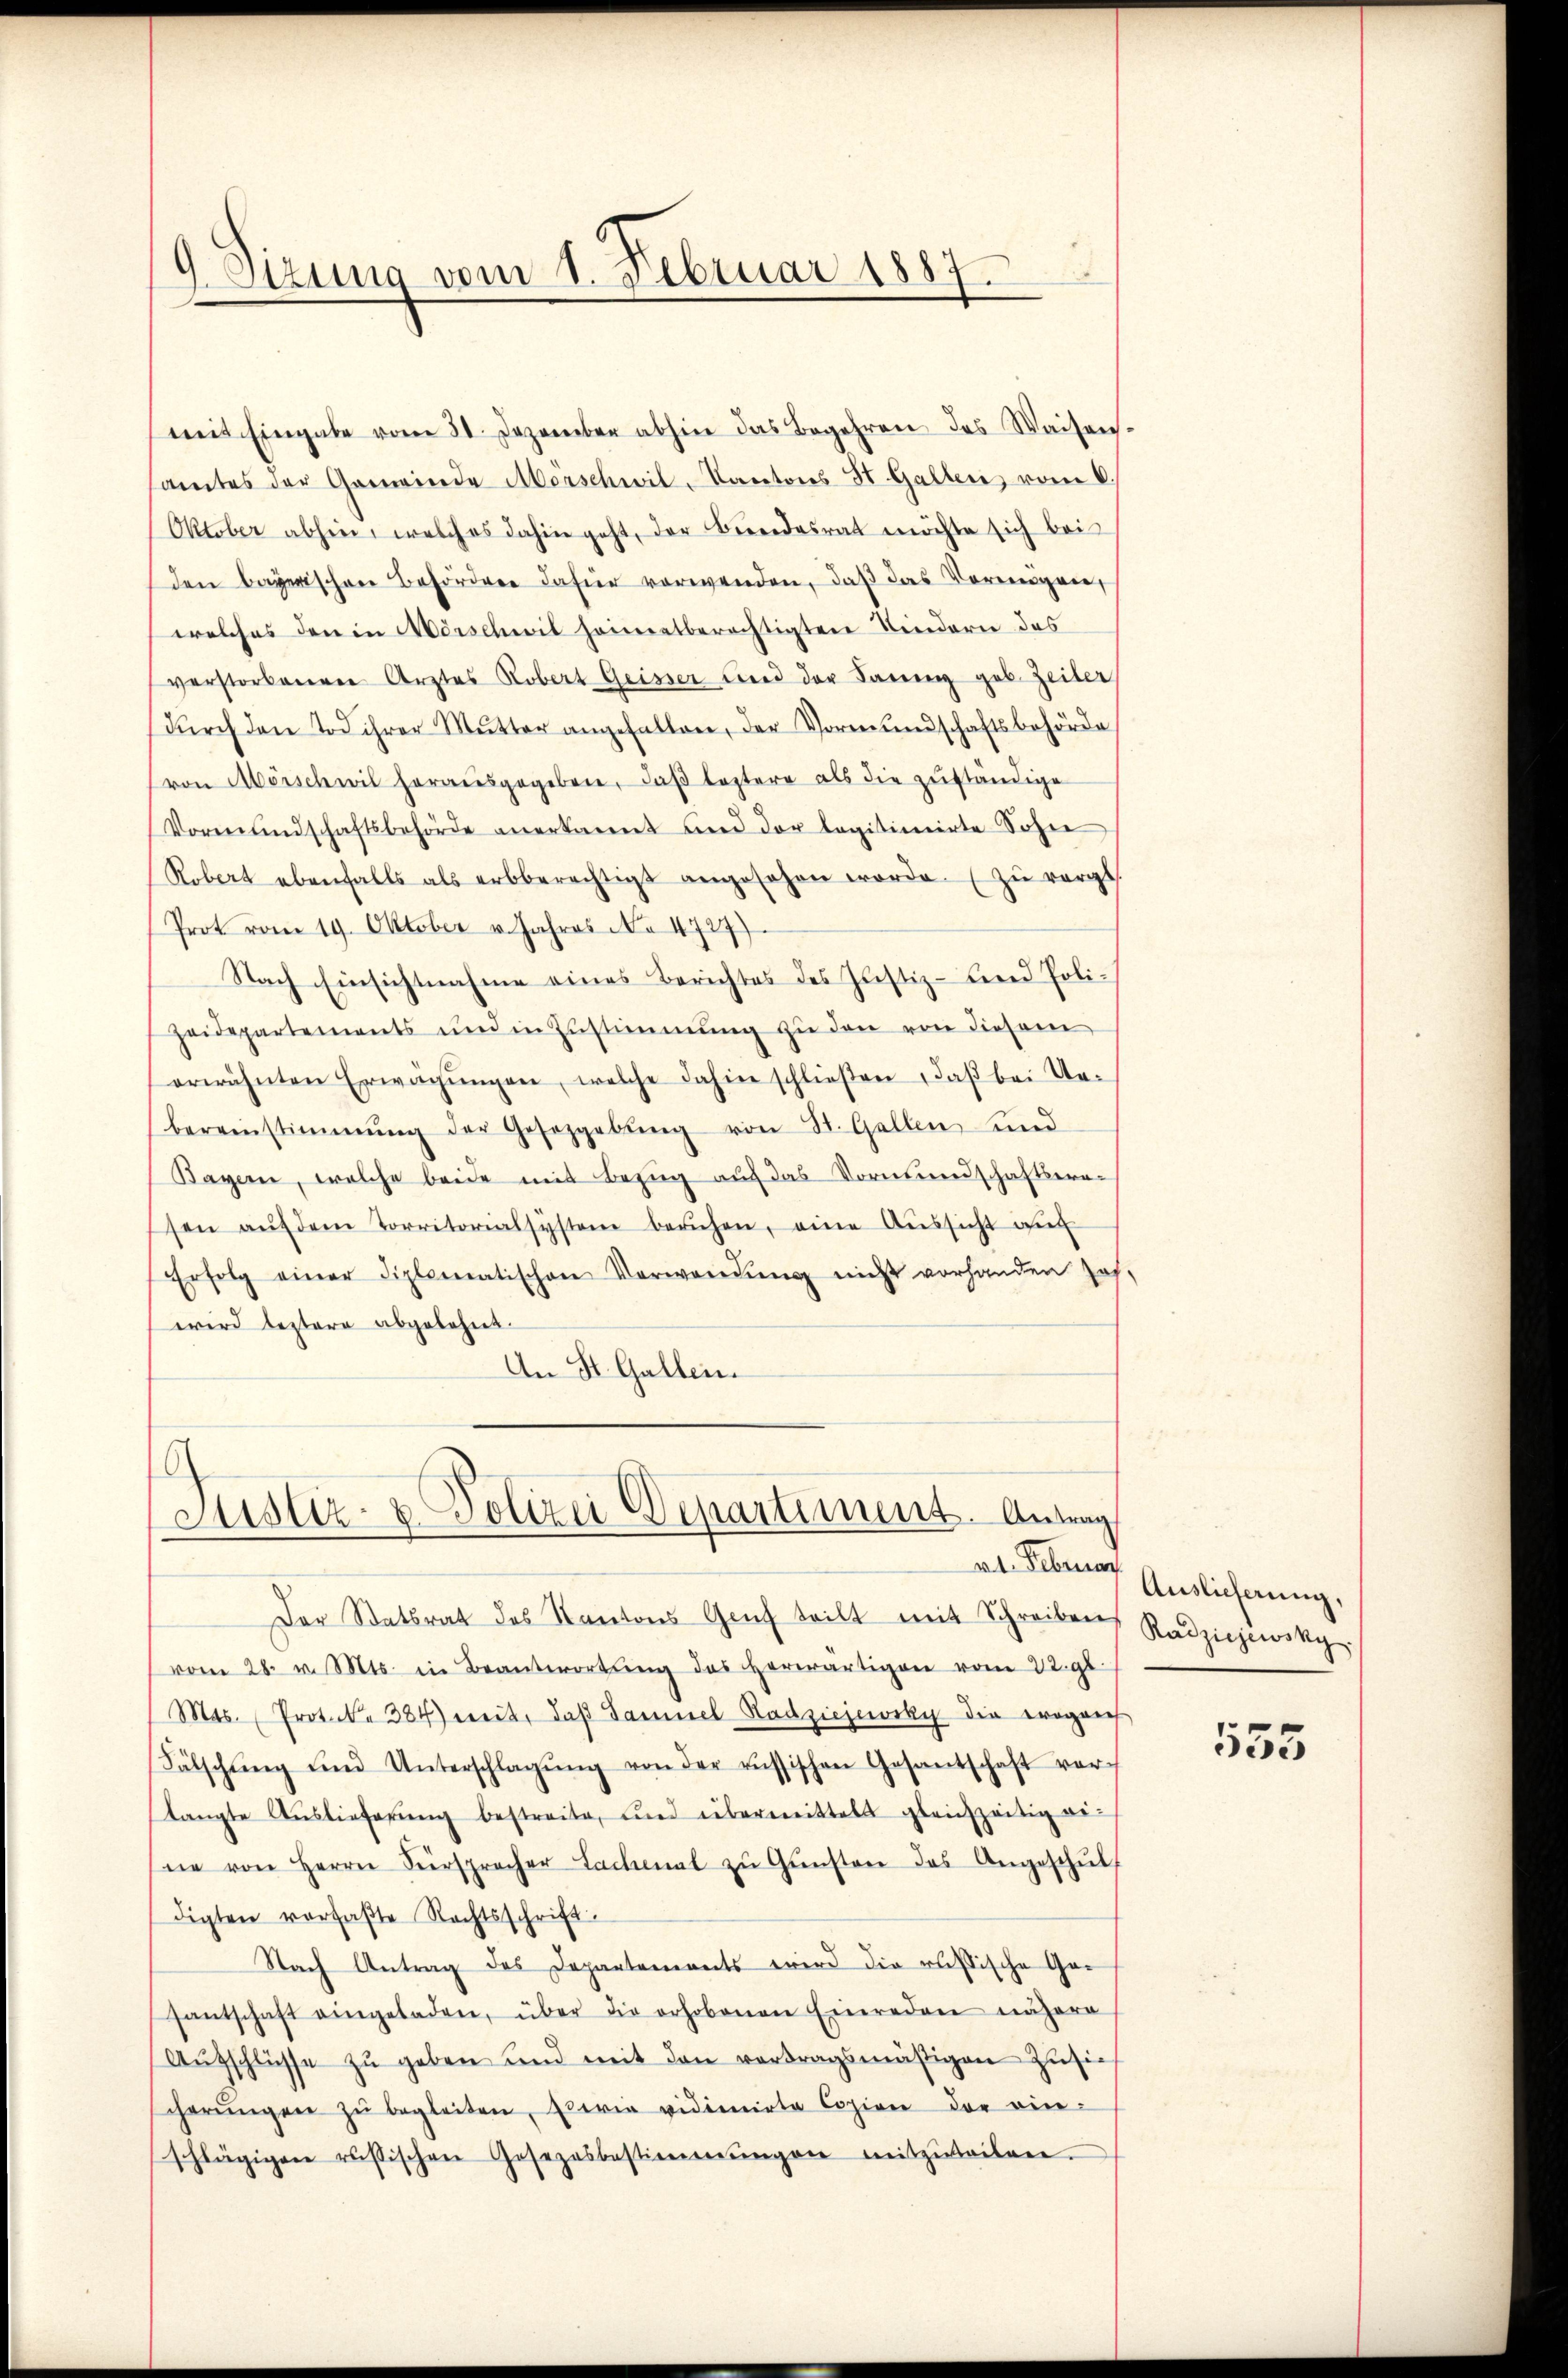
9 Sizung vom 1. Februar 1887.

mit Eingabe vom 31. Dezember abhin das Begehren des Waisen-
samtes der Gemeinde Morschwil-Kantons St. Gallens vom 6.
Oktober abhin, welches dahin geht, der Beendesrat möchte sich bei
den Bayerischen Behördere dafür verwenden, daβ das Vormigen,
welches den in Mörschwil heimatberechtigten Kindern das
verstorbeneren Arztes Robert Geisser und der Saneng geb. Zeiter,
dŭrch den Tod ihrer Mŭtter angefallen, der Vormŭndschaftsbehörde
von Mörschwil herausgegeben, daβ leztere als die zuständige
Vormundschaftsbehörde anerkannt und der legitimirte Sohne
Robert ebenfalls als erbberechtigt angesehen worde. zŭ vergl.
Prot vom 19. Oktober v. Jahres No 4727)
Nach Einsichtnahme eines Berichtes des Justiz-Bered Poli¬
Heidepartements und in Zustimmung zŭ den von diesem
erwähnten Erwägŭngen, welche dahin schlieβen , daβ bei Ue-
bereinstimmung der Gesetzgebŭng von St. Gallen und
Bayern, welche beide mit Bezŭg aŭf das Vormundschaftsera-
sen aŭf dem Torritorialsysteme beruhen, eine Aŭssicht auf
Erfolg einer diplomatischen Verwendŭng nicht vorhanden Joh.
wird leztere abgelehnt.
An St. Gallen.

6
Justiz- & Polizei Departement. Antrag
vt. Februar

Der Statsrat des Kantons Genf teilt mit Schreiben Radziewsky
vom 28. v. Mts. in Beantwortŭng des herwärtigen vom 22. gl.
Mos. Prot. . 384) weit, daβ Samuel Radziejuvsky die eroganis
Fälschŭng und Unterschlagŭng von der russischen Gesantschaft vor-
langte Aŭslieferŭng bestreite, und übermittels gleichzeitig eine von Herrn Fürspracher Lachmal zŭ Gŭnsten des Angeschŭl-
digten verfaßte Rechtsschrift
Nach Antrag des Departements wird die russische Ger
santschaft eingeladen, über die erhobenen Einreden nähere
Aŭfschlüsse zŭ geben und mit den vortragsmäßigen zusie
scherŭngen zŭ begleiten, sowie vidimirte Copien der ein-
schlägigen russischen Gosezesbestimmungen mitzuteilen.

Auslieferung,

535